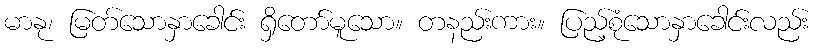
မာနု၊ မြတ်သောနှာခေါင်း ရှိတော်မူသော။ တနည်းကား။ ပြည့်စုံသောနှာခေါင်းလည်း